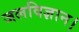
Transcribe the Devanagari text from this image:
जलविज्ञान।